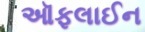
ઑફલાઈન